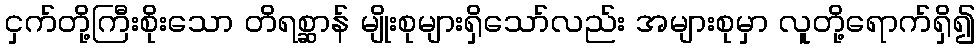
ငှက်တို့ကြီးစိုးသော တိရစ္ဆာန် မျိုးစုများရှိသော်လည်း အများစုမှာ လူတို့ရောက်ရှိ၍